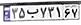
۳۵ب۷۳۱۶۷